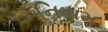
નિયમ